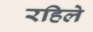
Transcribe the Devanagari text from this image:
रहिले